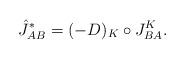
LaTeX: \begin{align*}{\hat J}^\ast_{AB}=(-D)_K\circ J^K_{BA}.\end{align*}